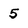
Character: 5